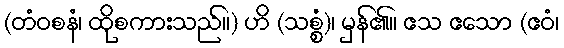
(တံဝစနံ၊ ထိုစကားသည်။) ဟိ (သစ္စံ)၊ မှန်၏။ ဧသ ဧသော (ဧဝံ၊